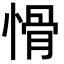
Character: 愲